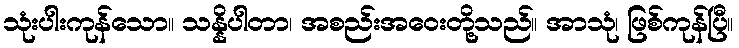
သုံးပါးကုန်သော။ သန္နိပါတာ၊ အစည်းအဝေးတို့သည်။ အာသုံ၊ ဖြစ်ကုန်ပြီ။